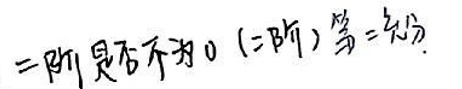
二阶是否不为0(二阶)第二充分.